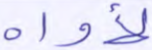
لأواه